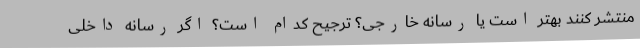
منتشر کنند بهتر است یا رسانه خارجی؟ ترجیح کدام است؟ اگر رسانه داخلیِ